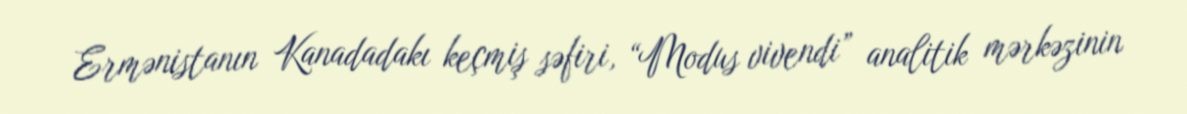
Ermənistanın Kanadadakı keçmiş səfiri, “Modus vivendi” analitik mərkəzinin